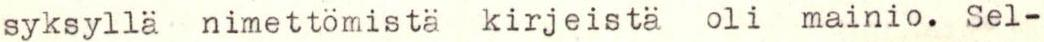
syksyllä  nimettömistä kirjeistä oli mainio. Sel-